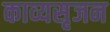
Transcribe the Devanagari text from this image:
काव्यसृजन